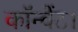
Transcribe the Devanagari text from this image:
कॉन्वेंट।